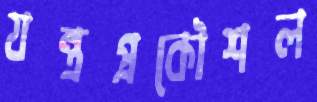
যন্ত্রপ্রকৌশল